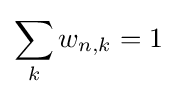
\sum _{k}w_{n,k}=1